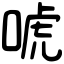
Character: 唬